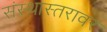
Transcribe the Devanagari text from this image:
संस्थास्तरावर